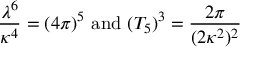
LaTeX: \frac { \lambda ^ { 6 } } { \kappa ^ { 4 } } = ( 4 \pi ) ^ { 5 } \mathrm { ~ a n d ~ } ( T _ { 5 } ) ^ { 3 } = \frac { 2 \pi } { ( 2 \kappa ^ { 2 } ) ^ { 2 } }